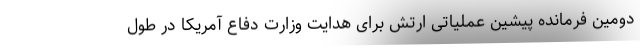
دومین فرمانده پیشین عملیاتی ارتش برای هدایت وزارت دفاع آمریکا در طول